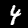
Digit: 4